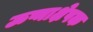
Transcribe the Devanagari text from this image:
ऊष्माक्षेपक